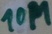
Text: 10M